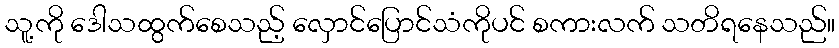
သူ့ကို ဒေါသထွက်စေသည့် လှောင်ပြောင်သံကိုပင် စကားလက် သတိရနေသည်။